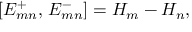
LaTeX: [ E _ { m n } ^ { + } , \, E _ { m n } ^ { - } ] = H _ { m } - H _ { n } ,